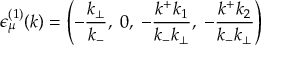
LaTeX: { \epsilon } _ { \mu } ^ { ( 1 ) } ( k ) = \left( - \frac { k _ { \bot } } { k _ { - } } , \; 0 , \; - \frac { k ^ { + } k _ { 1 } } { k _ { - } k _ { \bot } } , \; - \frac { k ^ { + } k _ { 2 } } { k _ { - } k _ { \bot } } \right)